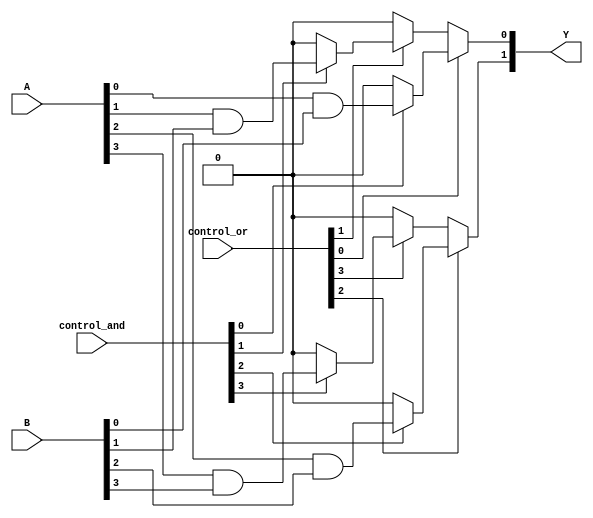
module PLA (
    input wire [3:0] A,         // 4 input lines
    input wire [3:0] B,         // 4 input lines
    input wire [3:0] control_and, // Control signals for AND gates
    input wire [3:0] control_or,  // Control signals for OR gates
    output wire [3:0] Y          // 4 output lines
);

// AND Plane
wire [3:0] and_out; // Outputs from AND gates

// Configurable AND gates
assign and_out[0] = control_and[0] ? (A[0] & B[0]) : 1'b0;
assign and_out[1] = control_and[1] ? (A[1] & B[1]) : 1'b0;
assign and_out[2] = control_and[2] ? (A[2] & B[2]) : 1'b0;
assign and_out[3] = control_and[3] ? (A[3] & B[3]) : 1'b0;

// OR Plane
assign Y[0] = control_or[0] ? and_out[0] : 1'b0 |
              control_or[1] ? and_out[1] : 1'b0;
assign Y[1] = control_or[2] ? and_out[2] : 1'b0 |
              control_or[3] ? and_out[3] : 1'b0;

// Additional outputs can be added as needed
// For example, Y[2] and Y[3] can be implemented similarly

endmodule